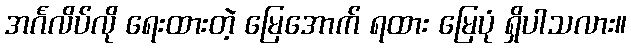
အင်္ဂလိပ်လို ရေးထားတဲ့ မြေအောက် ရထား မြေပုံ ရှိပါသလား။